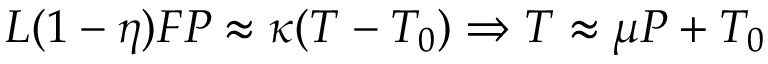
L ( 1 - \eta ) F P \approx \kappa ( T - T _ { 0 } ) \Rightarrow T \approx \mu P + T _ { 0 }